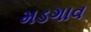
મડગાવ